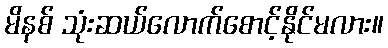
မိနစ် သုံးဆယ်လောက်စောင့်နိုင်မလား။